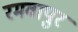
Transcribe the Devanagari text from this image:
रमवापुर